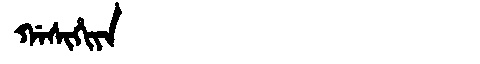
Manchu: ᡤᠠᠰᡳᡥᡳᠶᠠ
Romanization: GASIHIYA